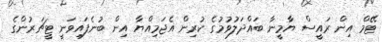
ޓޭމް އިން ރައީސް ޔާމީނާ ބައްދަލުވުމުގެ ކުރިން އެޖަމިއްޔާ އިން ބުނެފައިވަނީ ޓީޗަރުންގެ